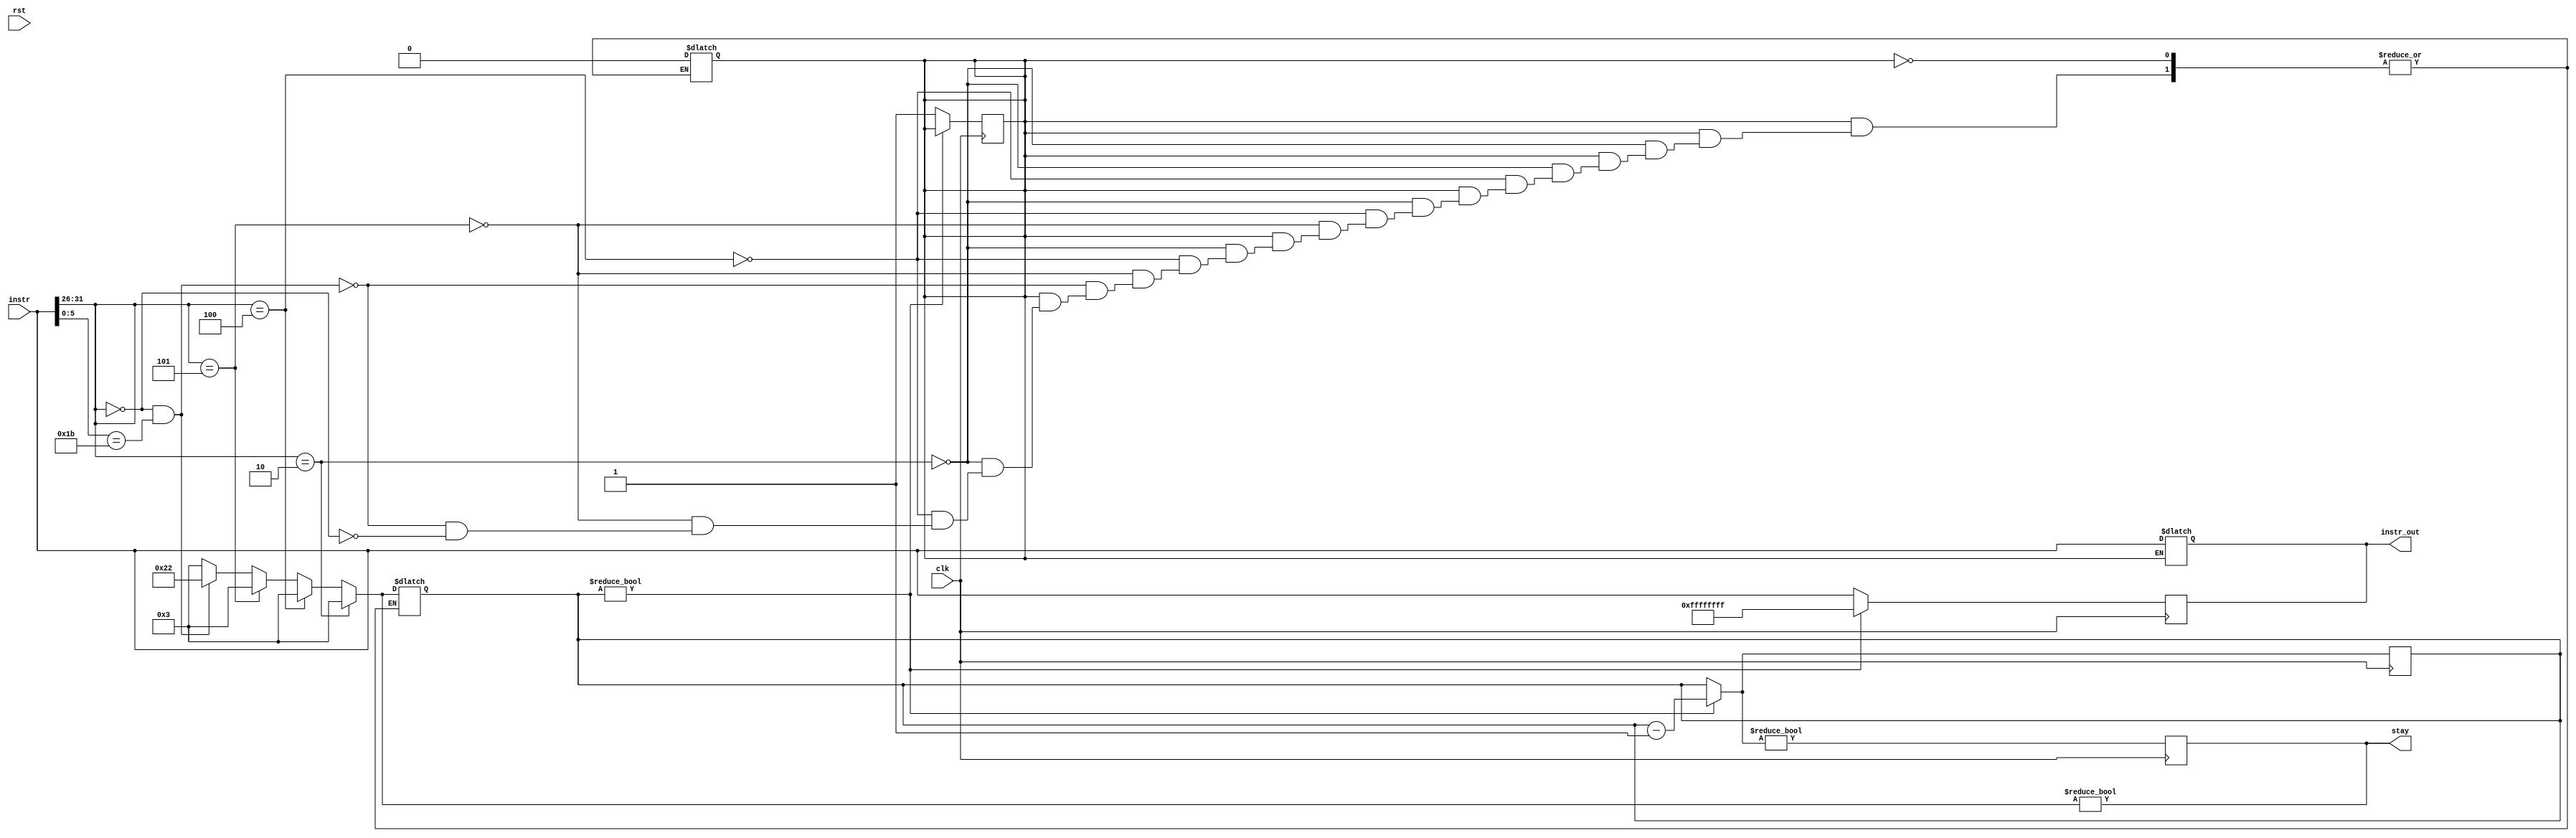
module Hazard( clk, rst, stay, instr, instr_out );
	input clk, rst;
    input [31:0] instr;
    
    output reg [31:0] instr_out;
    output reg stay;
    
    reg pass;
    reg [5:0] counter;
    
    wire [5:0] opcode;
    wire [5:0] funct;
    
  	assign opcode = instr[31:26];
   	assign funct = instr[5:0];
    
	parameter instr_NOP = 32'hFFFFFFFF;
    
  /**
    parameter R_FORMAT = 6'd0;
    parameter LW = 6'd35;
    parameter SW = 6'd43;
    parameter BEQ = 6'd4;
    parameter BNE = 6'd5;    
    parameter ORI = 6'd13;
	parameter J = 6'd2;
	parameter NOP = 6'd63;
*/

    initial begin
        pass = 1'b1;
        counter = 6'd0;
    end

    always @( instr ) begin
        if (pass) begin
            instr_out = instr;

            if(opcode==6'd2) begin // J
                counter = 6'd3;
                pass = 1'b0;
            end
            else if(opcode==6'd4) begin  //  beq
                counter = 6'd3;
                pass = 1'b0;
            end
            else if(opcode==6'd5) begin  //  bne
                counter = 6'd3;
                pass = 1'b0;
            end
            else if(opcode==6'd0 && funct==6'd27) begin // R format : divu
                counter = 6'd34;
                pass = 1'b0;
            end
            else if(opcode==6'd0) begin // R format
                counter = 6'd3;
                pass = 1'b0;
            end
        end

        stay = (counter != 6'd0);
    end

	always @( posedge clk ) begin
        if (counter != 6'd0) begin
            instr_out = instr_NOP;
            counter = counter - 1;
        end
        else begin
            instr_out = instr;
            pass = 1'b1;
        end
        
        stay = (counter != 6'd0);
	end


endmodule